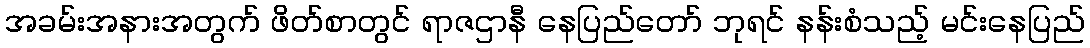
အခမ်းအနားအတွက် ဖိတ်စာတွင် ရာဇဌာနီ နေပြည်တော် ဘုရင် နန်းစံသည့် မင်းနေပြည်